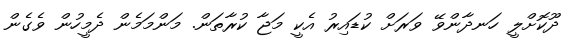
ދޫކޮށްލީ ހަނދާންވޭ ވަރަށް ކުޑައިރު އެކީ މަޖާ ކުރާތަން. މަންމަމެން ދެމީހުން ވެގެން